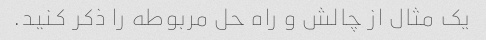
یک مثال از چالش و راه حل مربوطه را ذکر کنید.